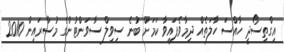
އިގްތިސޯދީ ހާއްސަ ހާލަތެއް ދިމާވެފައިވާ ކަމަށް ބުނެ ސިވިލް ސާވަންޓުންގެ މުސާރައިން 2010